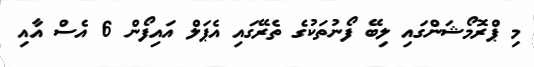
މި ޕްރޮމޯޝަންގައި ލިބޭ ފޯނުތަކުގެ ތެރޭގައި އެޕަލް އައިފޯން 6 އެސް އާއި